Civil Veterinary Department. Central Provinces & Berar 1925-31 - 1925-1931
Year: 1925
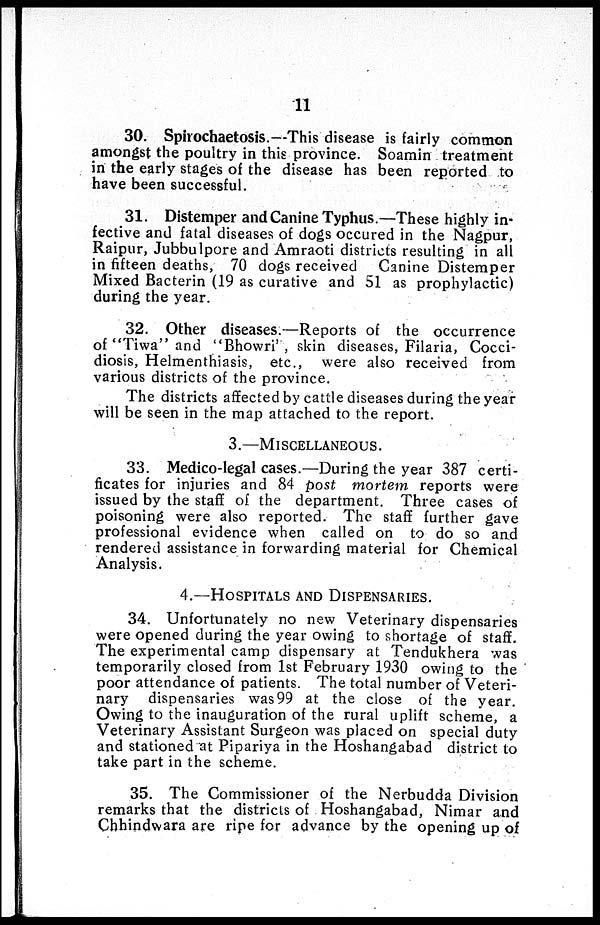
11
30. Spirochaetosis.—This disease is fairly common
amongst the poultry in this province. Soamin treatment
in the early stages of the disease has been reported to
have been successful.
31. Distemper and Canine Typhus.—These highly in-
fective and fatal diseases of dogs occured in the Nagpur,
Raipur, Jubbulpore and Amraoti districts resulting in all
in fifteen deaths, 70 dogs received Canine Distemper
Mixed Bacterin (19 as curative and 51 as prophylactic)
during the year.
32. Other diseases.—Reports of the occurrence
of "Tiwa" and "Bhowri', skin diseases, Filaria, Cocci-
diosis, Helmenthiasis, etc., were also received from
various districts of the province.
The districts affected by cattle diseases during the year
will be seen in the map attached to the report.
3.—MISCELLANEOUS.
33. Medico-legal cases.—During the year 387 certi-
ficates for injuries and 84 post mortem reports were
issued by the staff of the department. Three cases of
poisoning were also reported. The staff further gave
professional evidence when called on to do so and
rendered assistance in forwarding material for Chemical
Analysis.
4.—HOSPITALS AND DISPENSARIES.
34. Unfortunately no new Veterinary dispensaries
were opened during the year owing to shortage of staff.
The experimental camp dispensary at Tendukhera was
temporarily closed from 1st February 1930 owing to the
poor attendance of patients. The total number of Veteri-
nary dispensaries was 99 at the close of the year.
Owing to the inauguration of the rural uplift scheme, a
Veterinary Assistant Surgeon was placed on special duty
and stationed at Pipariya in the Hoshangabad district to
take part in the scheme.
35. The Commissioner of the Nerbudda Division
remarks that the districts of Hoshangabad, Nimar and
Chhindwara are ripe for advance by the opening up of